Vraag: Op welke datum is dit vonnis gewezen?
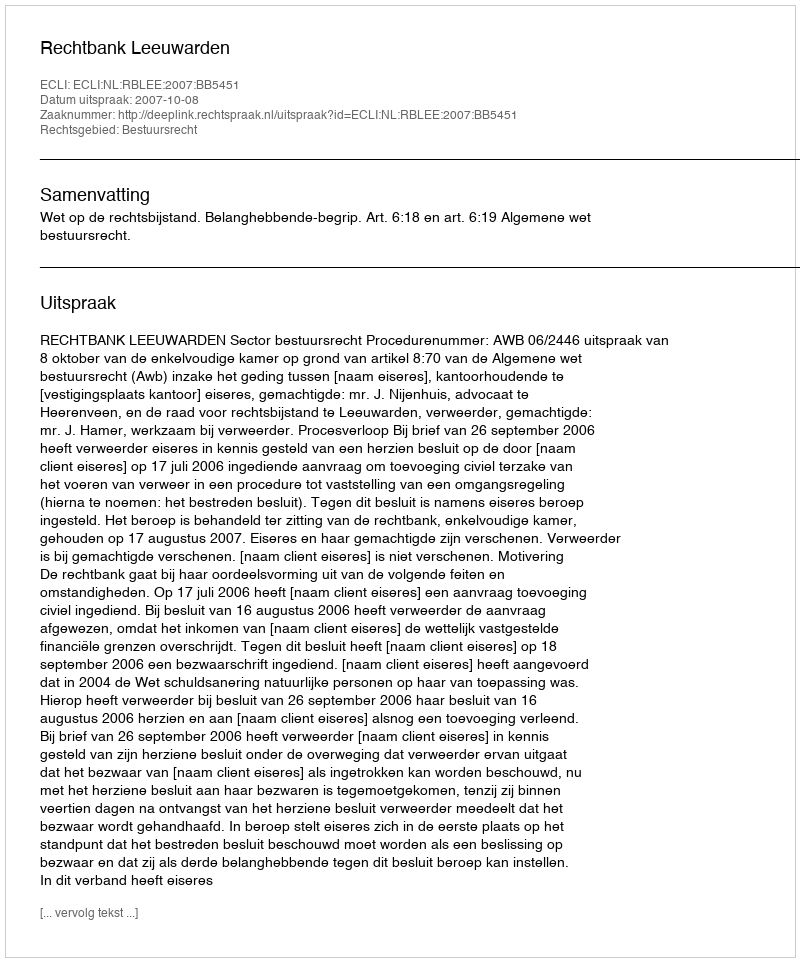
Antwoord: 2007-10-08